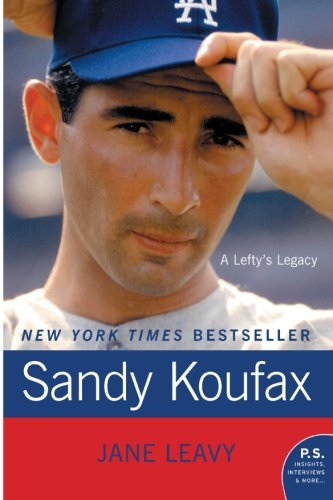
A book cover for Sandy Koufax: A Lefty's Legacy; Jane Leavy; Biographies & Memoirs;